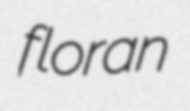
floran